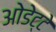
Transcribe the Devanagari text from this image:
ओडेट्टे